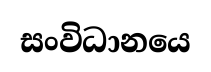
සංවිධානයෙ